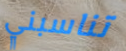
تناسبني